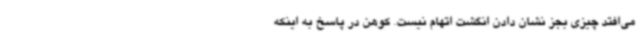
می‌افتد چیزی بجز نشان دادن انگشت اتهام نیست. کوهن در پاسخ به اینکه